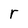
Character: r